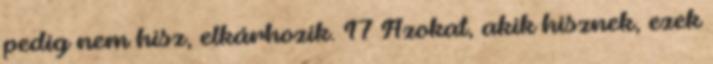
pedig nem hisz, elkárhozik. 17 Azokat, akik hisznek, ezek